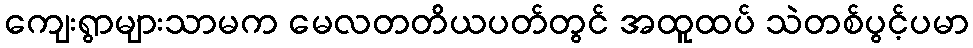
ကျေးရွာများသာမက မေလတတိယပတ်တွင် အထူထပ် သဲတစ်ပွင့်ပမာ